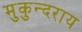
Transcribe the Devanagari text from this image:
मुकुन्दराय